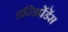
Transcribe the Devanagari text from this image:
इन्डिपेंडेंस